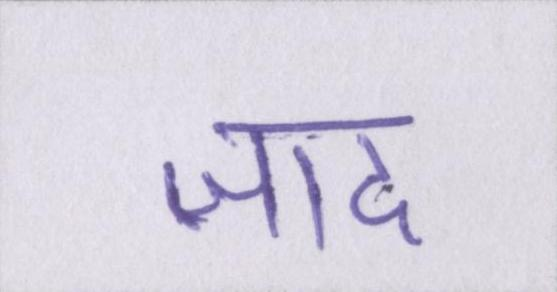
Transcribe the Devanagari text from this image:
ज़ाद